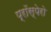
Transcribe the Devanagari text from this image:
प्रॉस्पेरो